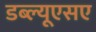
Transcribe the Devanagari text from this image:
डब्ल्यूएसए